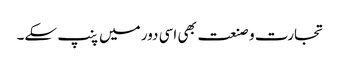
تجارت و صنعت بھی اسی دور میں پنپ سکے۔